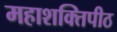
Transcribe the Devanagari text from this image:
महाशक्तिपीठ